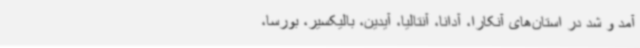
آمد و شد در استان‌های آنکارا، آدانا، آنتالیا، آیدین، بالیکسیر، بورسا،